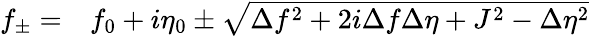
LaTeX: \begin{array}{rl}{f_{\pm}=}&{{}f_{0}+i\eta_{0}\pm\sqrt{\Delta f^{2}+2i\Delta f\Delta\eta+J^{2}-\Delta\eta^{2}}}\end{array}